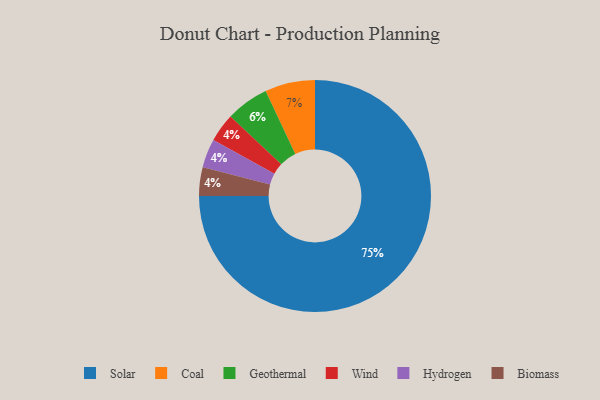
{"axis": {"x": "Category", "y": "Percentage"}, "legend": ["Biomass", "Coal", "Geothermal", "Hydrogen", "Solar", "Wind"], "data": [{"x": "Wind", "y": 4, "type": "Wind"}, {"x": "Hydrogen", "y": 4, "type": "Hydrogen"}, {"x": "Coal", "y": 7, "type": "Coal"}, {"x": "Solar", "y": 75, "type": "Solar"}, {"x": "Geothermal", "y": 6, "type": "Geothermal"}, {"x": "Biomass", "y": 4, "type": "Biomass"}]}